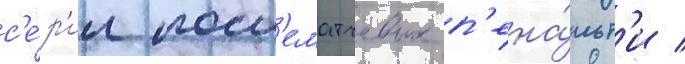
с'е́р'ии посл'ематчевых п'ена́льт'и /